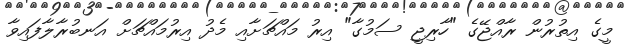
މީގެ އިތުރުން ރާއްޖޭގެ "ހާރިޖީ ސަމުގާ" އިރު މައްޗަށާއި މެދު އިރުމައްޗަށް އަނބުރާލާފައިވާ